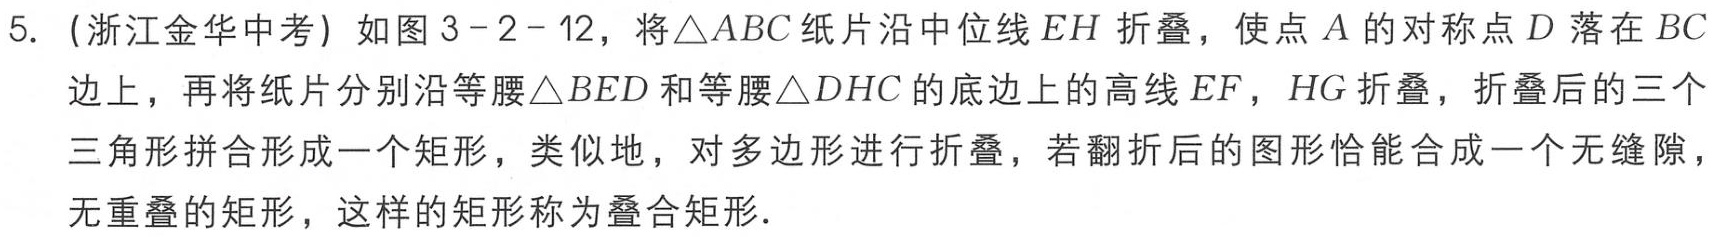
5.（浙江金华中考）如图3 - 2 - 12，将\(\triangle ABC\)纸片沿中位线\(EH\)折叠，使点\(A\)的对称点\(D\)落在\(BC\)边上，再将纸片分别沿等腰\(\triangle BED\)和等腰\(\triangle DHC\)的底边上的高线\(EF\)，\(HG\)折叠，折叠后的三个三角形拼合形成一个矩形，类似地，对多边形进行折叠，若翻折后的图形恰能合成一个无缝隙，无重叠的矩形，这样的矩形称为叠合矩形.